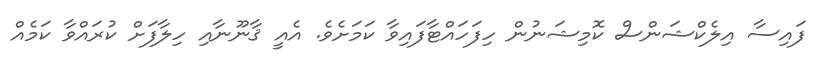
ފައިސާ އިލެކްޝަންސް ކޮމިޝަނުން ހިފަހައްޓާފައިވާ ކަމަށެވެ. އެއީ ޤާނޫނާއި ހިލާފަށް ކުރައްވާ ކަމެއް